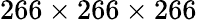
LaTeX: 266\times 266\times 266